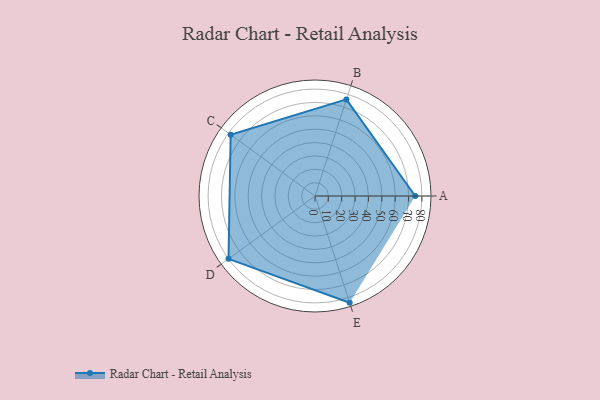
{"axis": {"x": "Skill", "y": "Score"}, "legend": ["Profile"], "data": [{"x": "A", "y": 75.0, "type": "Profile"}, {"x": "B", "y": 76.0, "type": "Profile"}, {"x": "C", "y": 78.0, "type": "Profile"}, {"x": "D", "y": 80.0, "type": "Profile"}, {"x": "E", "y": 84.0, "type": "Profile"}]}